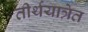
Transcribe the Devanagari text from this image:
तीर्थयात्रेत